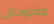
مفتوحتان